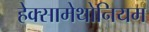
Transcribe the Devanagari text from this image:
हेक्सामेथोनियम